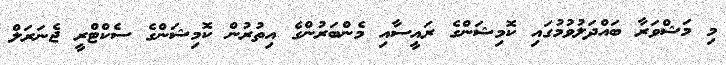
މި މަޝްވަރާ ބައްދަލުވުމުގައި ކޮމިޝަންގެ ރައީސާއި މެންބަރުންގެ އިތުރުން ކޮމިޝަންގެ ސެކްޓްރީ ޖެނަރަލް